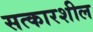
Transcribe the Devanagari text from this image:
सत्कारशील